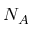
N _ { A }